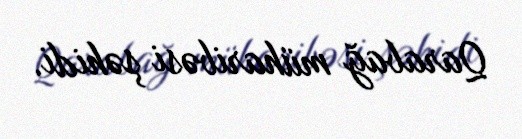
Qarabağ müharibəsi şəhidi.